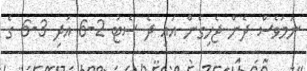
ނަމަވެސް ދެން ޖެހިގެން އައި ދެ ސެޓު 2-6 އަދި 3-6 ގެ